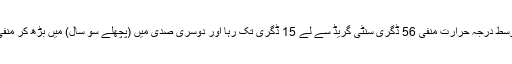
صنعتی دور کے پہلے سو سال تک زمین کا اوسط درجہ حرارت منفی 56 ڈگری سنٹی گریڈ سے لے 15 ڈگری تک رہا اور دوسری صدی میں (پچھلے سو سال) میں بڑھ کر منفی 50 ڈگری سے 21 ڈگری تک جا پہنچا ہے۔